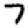
Digit: 7